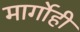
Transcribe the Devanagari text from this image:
मार्गोही